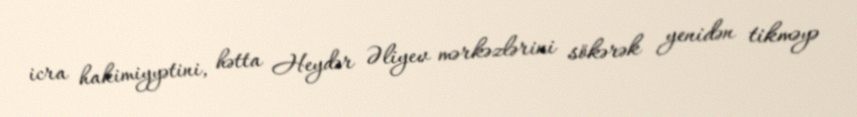
icra hakimiyyətini, hətta Heydər Əliyev mərkəzlərini sökərək yenidən tikməyə